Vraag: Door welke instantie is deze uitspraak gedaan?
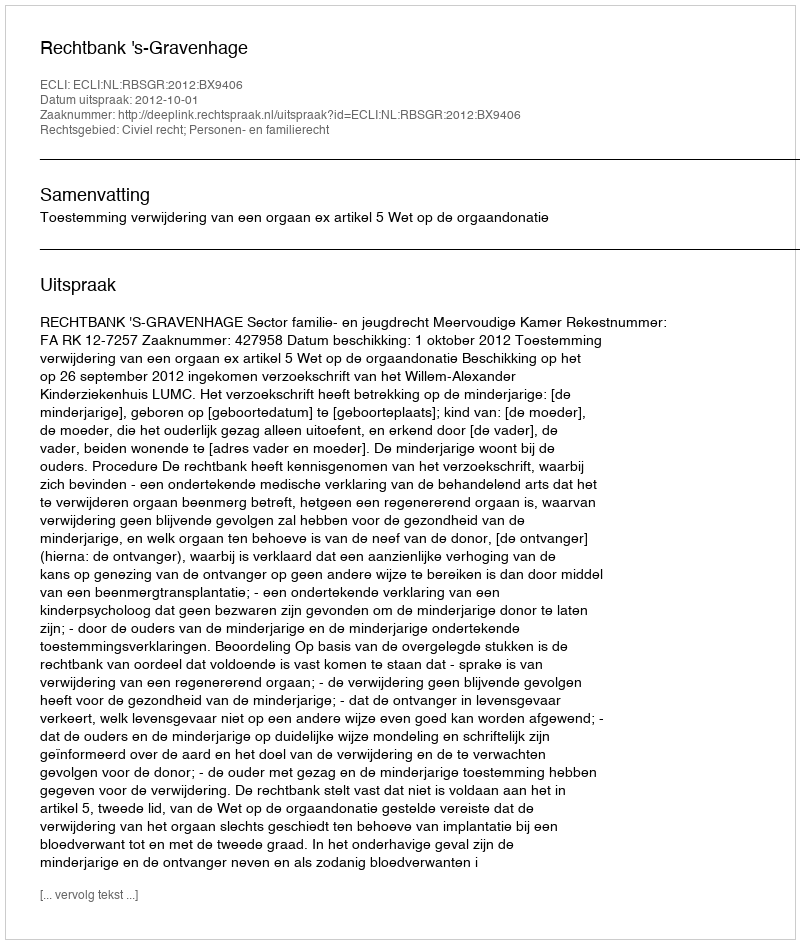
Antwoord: Rechtbank 's-Gravenhage